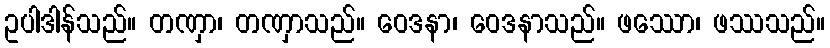
ဥပါဒါန်သည်။ တဏှာ၊ တဏှာသည်။ ဝေဒနာ၊ ဝေဒနာသည်။ ဖဿော၊ ဖဿသည်။